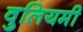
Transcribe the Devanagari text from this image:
वुलियमी